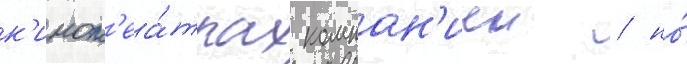
к'инот'еа́трах компан'иеи / но́